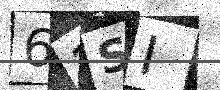
Text: 62SI